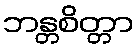
ဘန္တစိတ္တာ